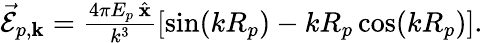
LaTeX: \begin{array}{r}{\vec{\mathcal{E}}_{p,{\mathbf k}}=\frac{4\pi E_{p}\, \hat{\mathbf x}}{k^{3}}\left[\sin(kR_{p})-kR_{p}\cos(kR_{p})\right].}\end{array}